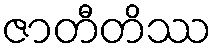
ဇာတီတိဿ